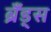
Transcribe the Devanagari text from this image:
ब्रँड्स